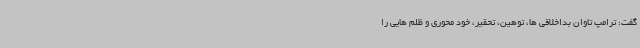
گفت: ترامپ تاوان بداخلاقی ها، توهین، تحقیر، خود محوری و ظلم هایی را